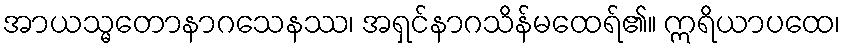
အာယသ္မတောနာဂသေနဿ၊ အရှင်နာဂသိန်မထေရ်၏။ ဣရိယာပထေ၊